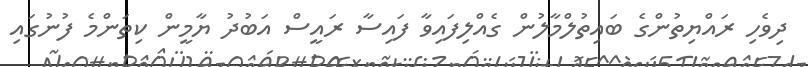
ދިވެހި ރައްޔިތުންގެ ބައިތުލްމާލުން ގެއްލިފައިވާ ފައިސާ ރައީސް އަބުދު ޔާމީން ކިތަންމެ ފުނުގައި